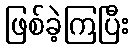
ဖြစ်ခဲ့ကြပြီး